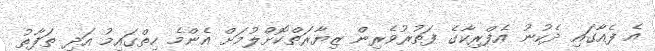
އެ ފެއާގައި ދެކުނު އެފްރިކާގެ ފަތުރުވެރިން ޒިޔާރަތްކޮށްލުމަށް އެންމެ ހިތްގައިމު އަދި ތަފާތު